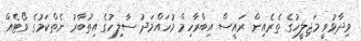
ވިދާޅުވީ މަޖިލީހުގެ ތެރެއިން ރައީސް އިބްރާހިމް މުހައްމަދު ސާލިހުގެ އިތުބާރު ނެތްކަމުގެ ވޯޓެއް